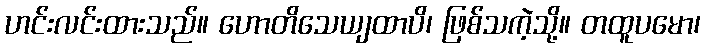
ဟင်းလင်းထားသည်။ ဟောတိသေယျထာပိ၊ ဖြစ်သကဲ့သို့။ တထူပမော၊